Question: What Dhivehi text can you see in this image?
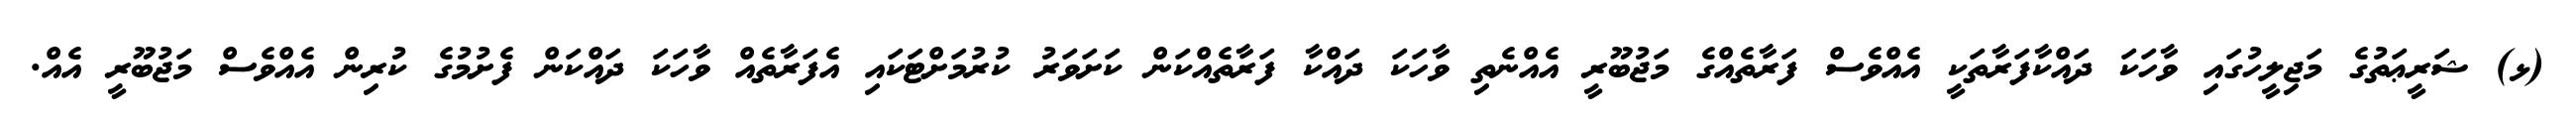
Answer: (ޅ) ޝަރީޢަތުގެ މަޖިލީހުގައި ވާހަކަ ދައްކާފަރާތަކީ އެއްވެސް ފަރާތެއްގެ މަޖުބޫރީ އެއްނެތި ވާހަކަ ދައްކާ ފަރާތެއްކަން ކަށަވަރު ކުރުމަށްޓަކައި އެފަރާތެއް ވާހަކަ ދައްކަން ފެށުމުގެ ކުރިން އެއްވެސް މަޖުބޫރީ އެއް.